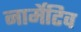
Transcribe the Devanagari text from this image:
नार्मेटिव